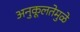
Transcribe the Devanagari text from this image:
अनुकूलतेमुळे